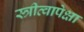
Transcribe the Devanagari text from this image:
स्त्रीत्वापेक्षा